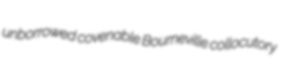
unborrowed covenable Bourneville collocutory